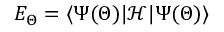
E _ { \Theta } = \langle \Psi ( \Theta ) | \mathcal { H } | \Psi ( \Theta ) \rangle